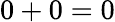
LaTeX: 0+0=0